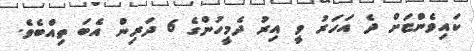
ކައިވެންޏަށް ދެ އަހަރު ވީ އިރު ދެމީހުންގެ 6 ދަރިން އެބަ ތިއްބެވެ.